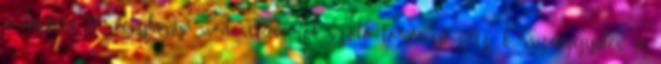
a büntető törvénykönyv módosításáról szóló törvényt. Az Országgyűlés a